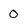
Character: 0